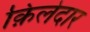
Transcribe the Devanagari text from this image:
क़िलेदार